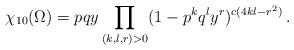
LaTeX: \begin{align*}\chi_{10}(\Omega)=pqy\prod\limits_{(k,l,r)>0} (1- p^kq^ly^r)^{c(4kl-r^2)}\,.\end{align*}